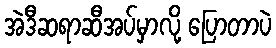
အဲဒီဆရာဆီအပ်မှာလို့ ပြောတာပဲ